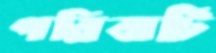
পরিবাটি